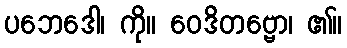
ပဘေဒေါ၊ ကို။ ဝေဒိတဗ္ဗော၊ ၏။